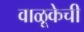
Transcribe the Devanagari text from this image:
वाळूकेची